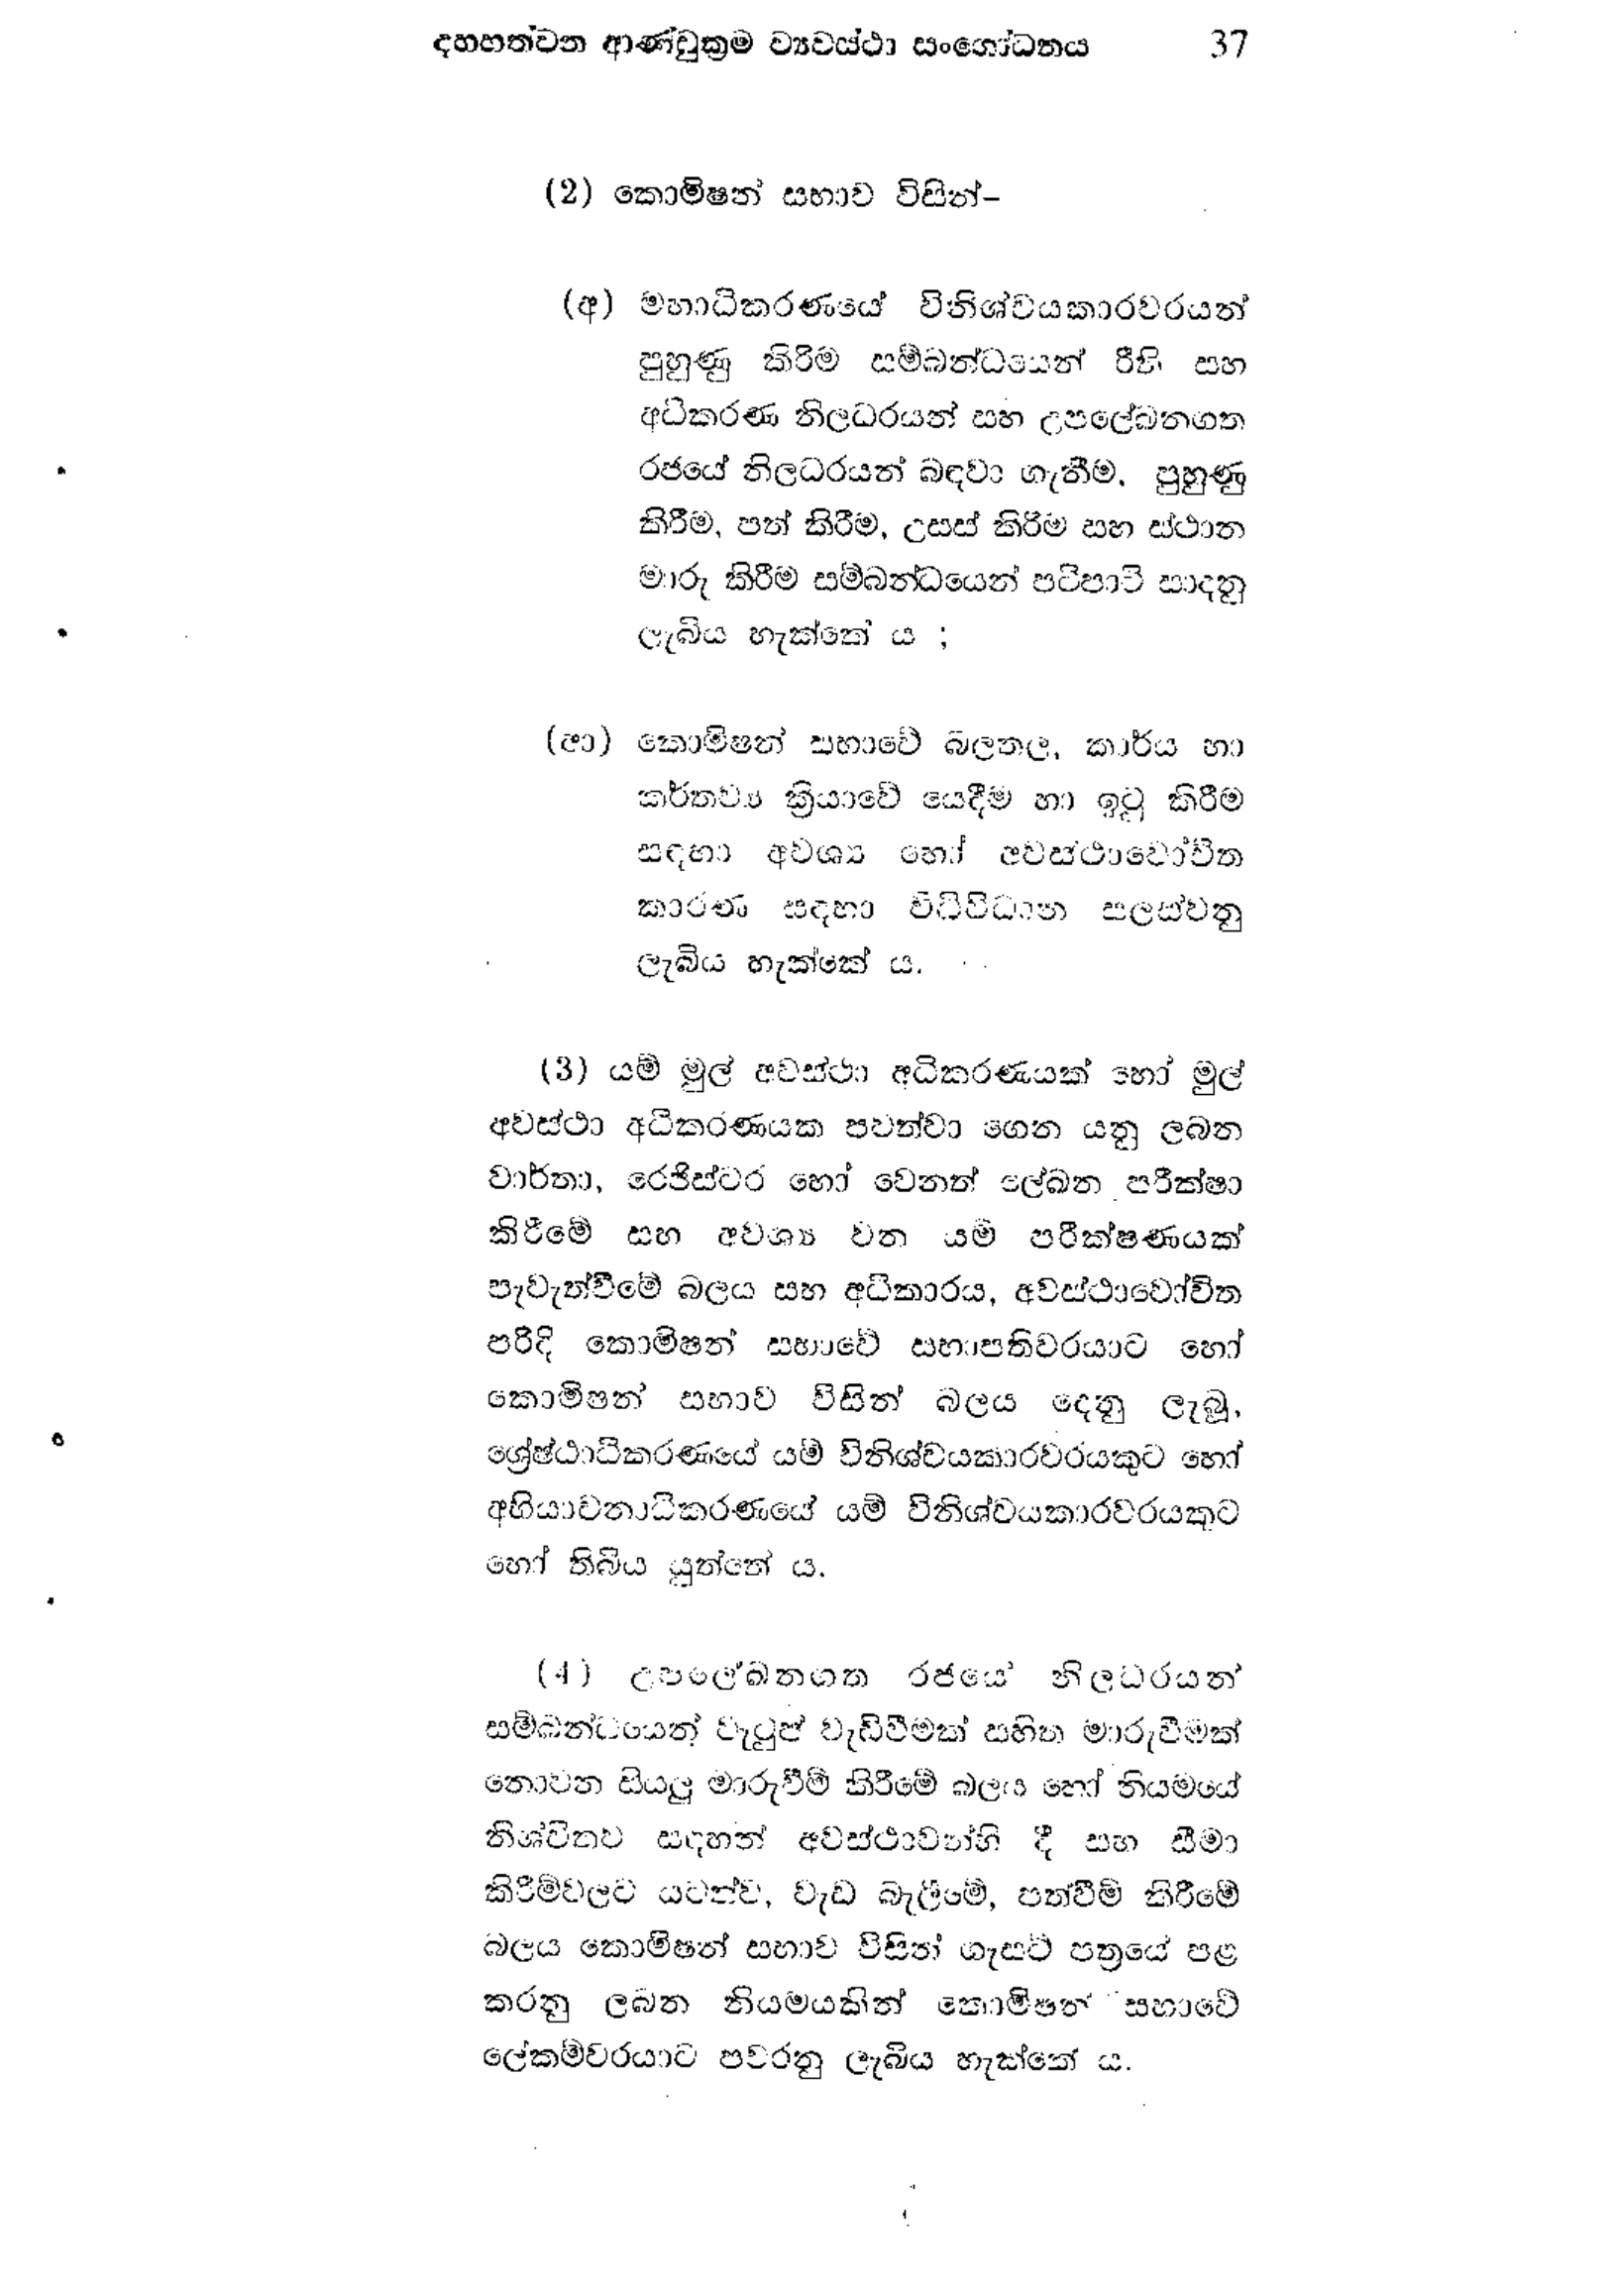
දහහත්වන ආණ්ඩුක්‍රම ව්‍යවස්ථා සංශෝධනය 37

( 2 ) කොමිෂන් සභාව විසින් -

(අ) මහාධිකරණයේ විනිශ්චයකාරවරයන්
පුහුණු කිරීම සම්බන්ධයෙන් රීති සහ
අධිකරණ නිලධරයන් සහ උපලේඛනගත
රජයේ නිලධරයන් බඳවා ගැනීම. පුහුණු
කිරීම, පත් කිරීම, උසස් කිරීම සහ ස්ථාන
මාරු කිරීම සම්බන්ධයෙන් පටිපාටි සාදනු
ලැබිය හැක්කේ ය ;

(ආ) කොමිෂන් සභාවේ බලතල, කාර්ය හා
කර්තව්‍ය ක්‍රියාවේ යෙදීම හා ඉටු කිරීම
සඳහා අවශ්‍ය හෝ අවස්ථාවෝචිත
කාරණ සදහා විධිවිධාන සලස්වනු
ලැබිය හැක්කේ ය.

( 3 ) යම් මුල් අවස්ථා අධිකරණයක් හෝ මුල්
අවස්ථා අධිකරණයක පවත්වා ගෙන යනු ලබන
වාර්තා, රෙජිස්ටර හෝ වෙනත් පඛන පරීක්ෂා
කිරීමේ සහ අවශ්‍ය වන යම පරීක්ෂණයක්
පැවැත්වීමේ බලය සහ අධිකාරය, අවස්ථාවෝචිත
පරිදි කොමිෂන් සභාවේ සභාපතිවරයාට හෝ
කොමිෂන් සභාව විසින් බලය දෙනු ලැබූ,
ශ්‍රේෂ්ඨාධිකරණයේ යම් විනිශ්චයකාරවරයකුට හෝ
අභියාචනාධිකරණයේ යම් විනිශ්චයකාරවරයකුට
හෝ තිබිය යුත්තේ ය.

(4) උපලේඛනගත රජයේ නිලධරයන්
සම්බන්ධයෙන් වැටුප් වැඩි වීමක් සහිත මාරුවීමක්
නොවන සියලු මාරුවීම් කිරීමේ බලය හෝ නියමයේ
නිශ්චිතව සඳහන් අවස්ථාවන්හි දී සහ සීමා
කිරිම් වලට යටත්ව, වැඩ බැලිමි, පත්වීම් කිරීමේ
බලය කොමිෂන් සභාව විසින් ගැසට් පත්‍රයේ පළ
කරනු ලබන නියමයකින් කොමිෂන් සභාවේ
ලේකම්වරයාට පවරනු ලැබිය හැක්කේ ය.